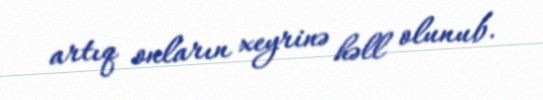
artıq onların xeyrinə həll olunub.